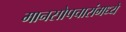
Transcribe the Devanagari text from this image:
मानसोपचारांमध्ये